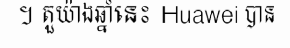
។ តួយ៉ាងឆ្នាំនេះ Huawei បាន